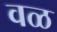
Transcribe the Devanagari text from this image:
वळ